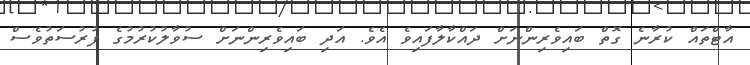
އާޓްތައް ކުރާނެ ގޮތް ބައިވެރިންނަށް ދައްކާލާފައިވެ އެވެ. އަދި ބައިވެރިންނަށް ސުވާލުކުރުމުގެ ފުރުސަތުވެސް